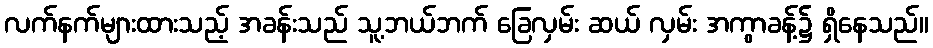
လက်နက်များထားသည့် အခန်းသည် သူ့ဘယ်ဘက် ခြေလှမ်း ဆယ် လှမ်း အကွာခန့်၌ ရှိနေသည်။